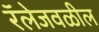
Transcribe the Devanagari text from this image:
रॅलेजवळील